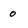
Character: 0